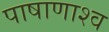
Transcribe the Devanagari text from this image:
पाषाणाश्व